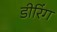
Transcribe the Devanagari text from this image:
डीरिंग